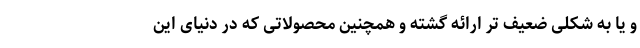
و یا به شکلی ضعیف تر ارائه گشته و همچنین محصولاتی که در دنیای این